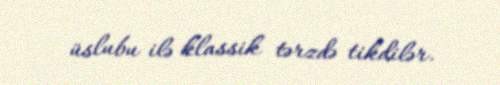
üslubu ilə klassik tərzdə tikdilər.